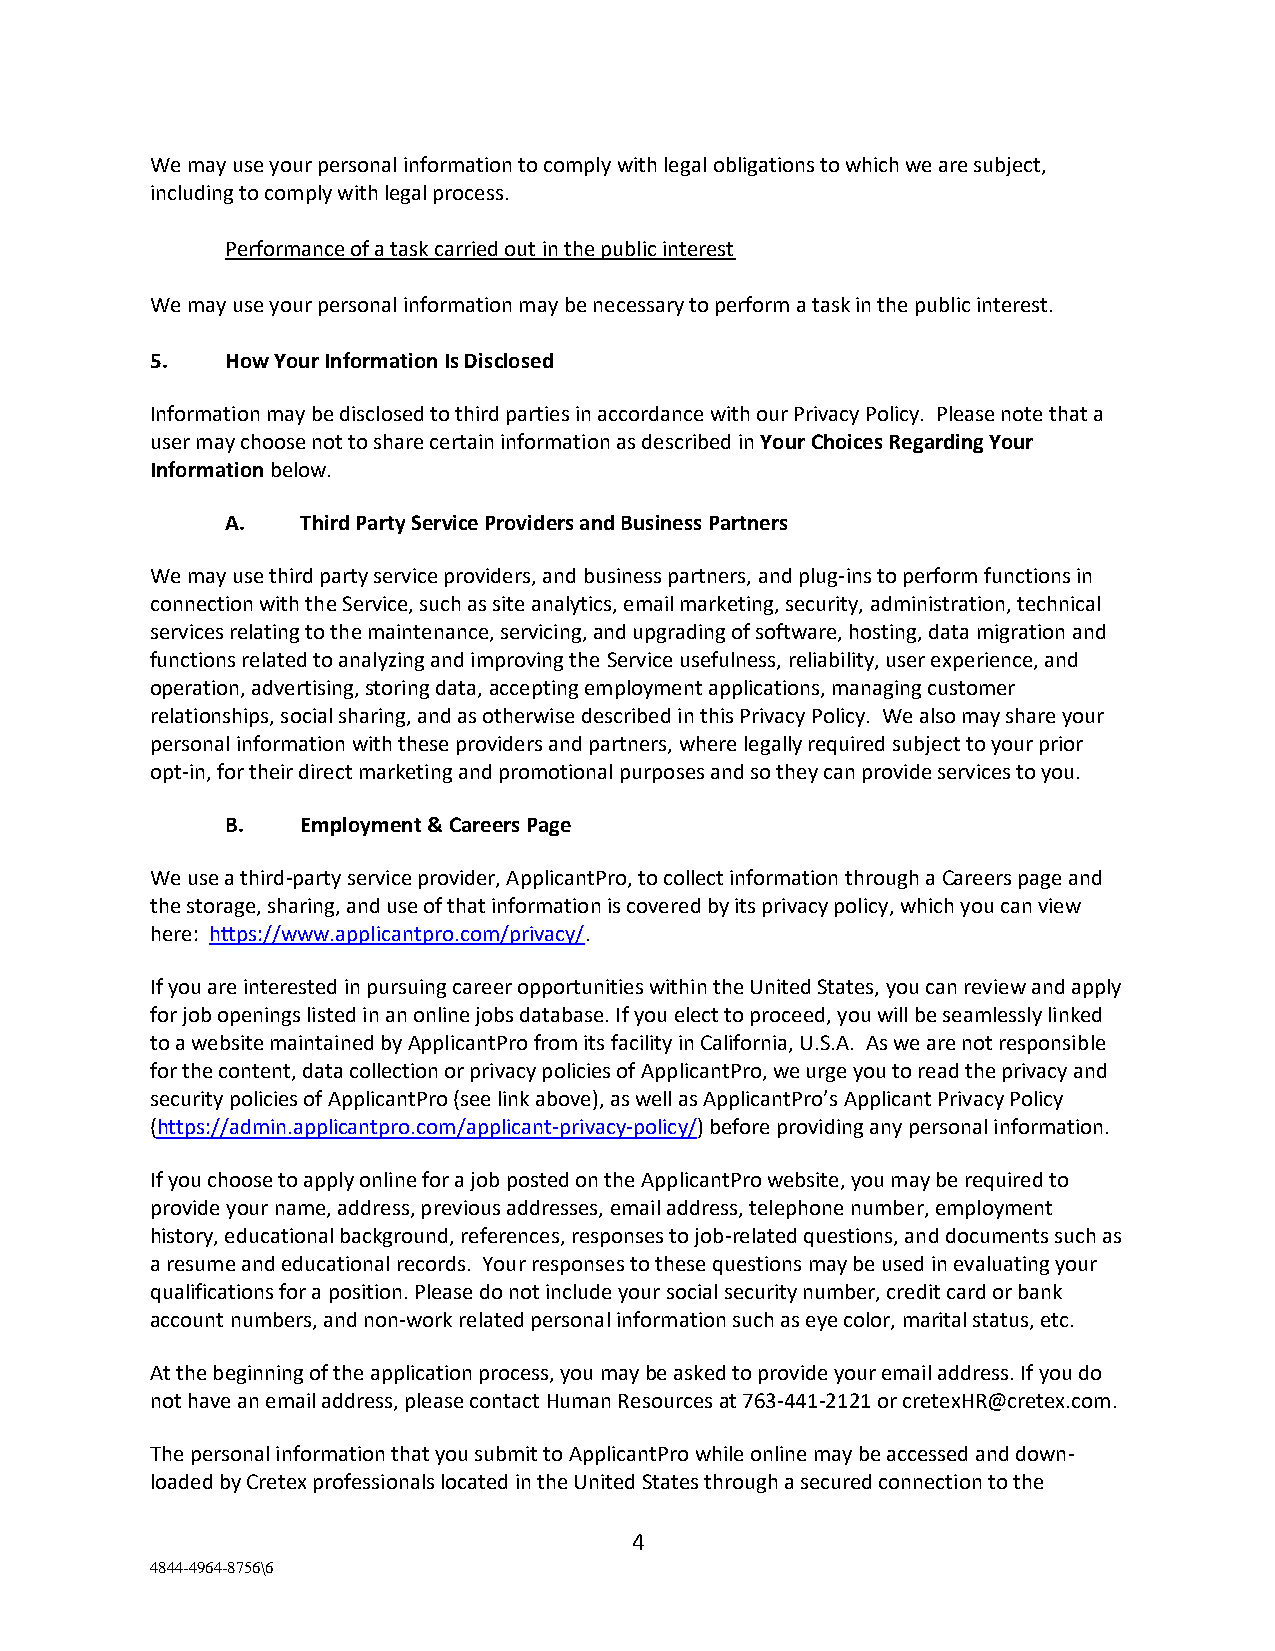
We may use your personal information to comply with legal obligations to which we are subject,
 including to comply with legal process.
 Performance of a task carried out in the public interest
 We may use your personal information may be necessary to perform a task in the public interest.
 5.   How Your Information Is Disclosed
 Information may be disclosed to third parties in accordance with our Privacy Policy. Please note that a
 user may choose not to share certain information as described in Your Choices Regarding Your
 Information below.
 A.   Third Party Service Providers and Business Partners
 We may use third party service providers, and business partners, and plug-ins to perform functions in
 connection with the Service, such as site analytics, email marketing, security, administration, technical
 services relating to the maintenance, servicing, and upgrading of software, hosting, data migration and
 functions related to analyzing and improving the Service usefulness, reliability, user experience, and
 operation, advertising, storing data, accepting employment applications, managing customer
 relationships, social sharing, and as otherwise described in this Privacy Policy. We also may share your
 personal information with these providers and partners, where legally required subject to your prior
 opt-in, for their direct marketing and promotional purposes and so they can provide services to you.
 B.   Employment & Careers Page
 We use a third-party service provider, ApplicantPro, to collect information through a Careers page and
 the storage, sharing, and use of that information is covered by its privacy policy, which you can view
 here: https://www.applicantpro.com/privacy/.
 If you are interested in pursuing career opportunities within the United States, you can review and apply
 for job openings listed in an online jobs database. If you elect to proceed, you will be seamlessly linked
 to a website maintained by ApplicantPro from its facility in California, U.S.A. As we are not responsible
 for the content, data collection or privacy policies of ApplicantPro, we urge you to read the privacy and
 security policies of ApplicantPro (see link above), as well as ApplicantPro’s Applicant Privacy Policy
 (https://admin.applicantpro.com/applicant-privacy-policy/) before providing any personal information.
 If you choose to apply online for a job posted on the ApplicantPro website, you may be required to
 provide your name, address, previous addresses, email address, telephone number, employment
 history, educational background, references, responses to job-related questions, and documents such as
 a resume and educational records. Your responses to these questions may be used in evaluating your
 qualifications for a position. Please do not include your social security number, credit card or bank
 account numbers, and non-work related personal information such as eye color, marital status, etc.
 At the beginning of the application process, you may be asked to provide your email address. If you do
 not have an email address, please contact Human Resources at 763-441-2121 or cretexHR@cretex.com.
 The personal information that you submit to ApplicantPro while online may be accessed and down-
 loaded by Cretex professionals located in the United States through a secured connection to the
 4
 4844-4964-8756\6